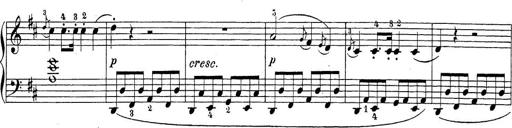
Title: Sonatina Album
Composer: Louis KÃ¶hler